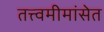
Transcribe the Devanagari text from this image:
तत्त्वमीमांसेत